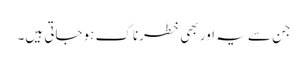
جن سے یہ اور بھی خطرناک ہوجاتی ہیں۔